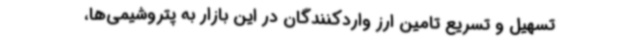
تسهیل و تسریع تامین ارز واردکنندگان در این بازار به پتروشیمی‌ها،